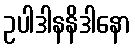
ဥပါဒါနနိဒါနော